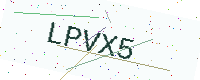
Text: LPVX5